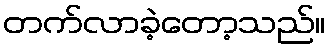
တက်လာခဲ့တော့သည်။